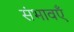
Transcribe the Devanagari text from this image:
संभावएँ